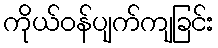
ကိုယ်ဝန်ပျက်ကျခြင်း